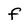
Character: f